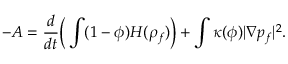
- A = \frac { d } { d t } \Big ( \int ( 1 - \phi ) H ( \rho _ { f } ) \Big ) + \int \kappa ( \phi ) | \nabla p _ { f } | ^ { 2 } .